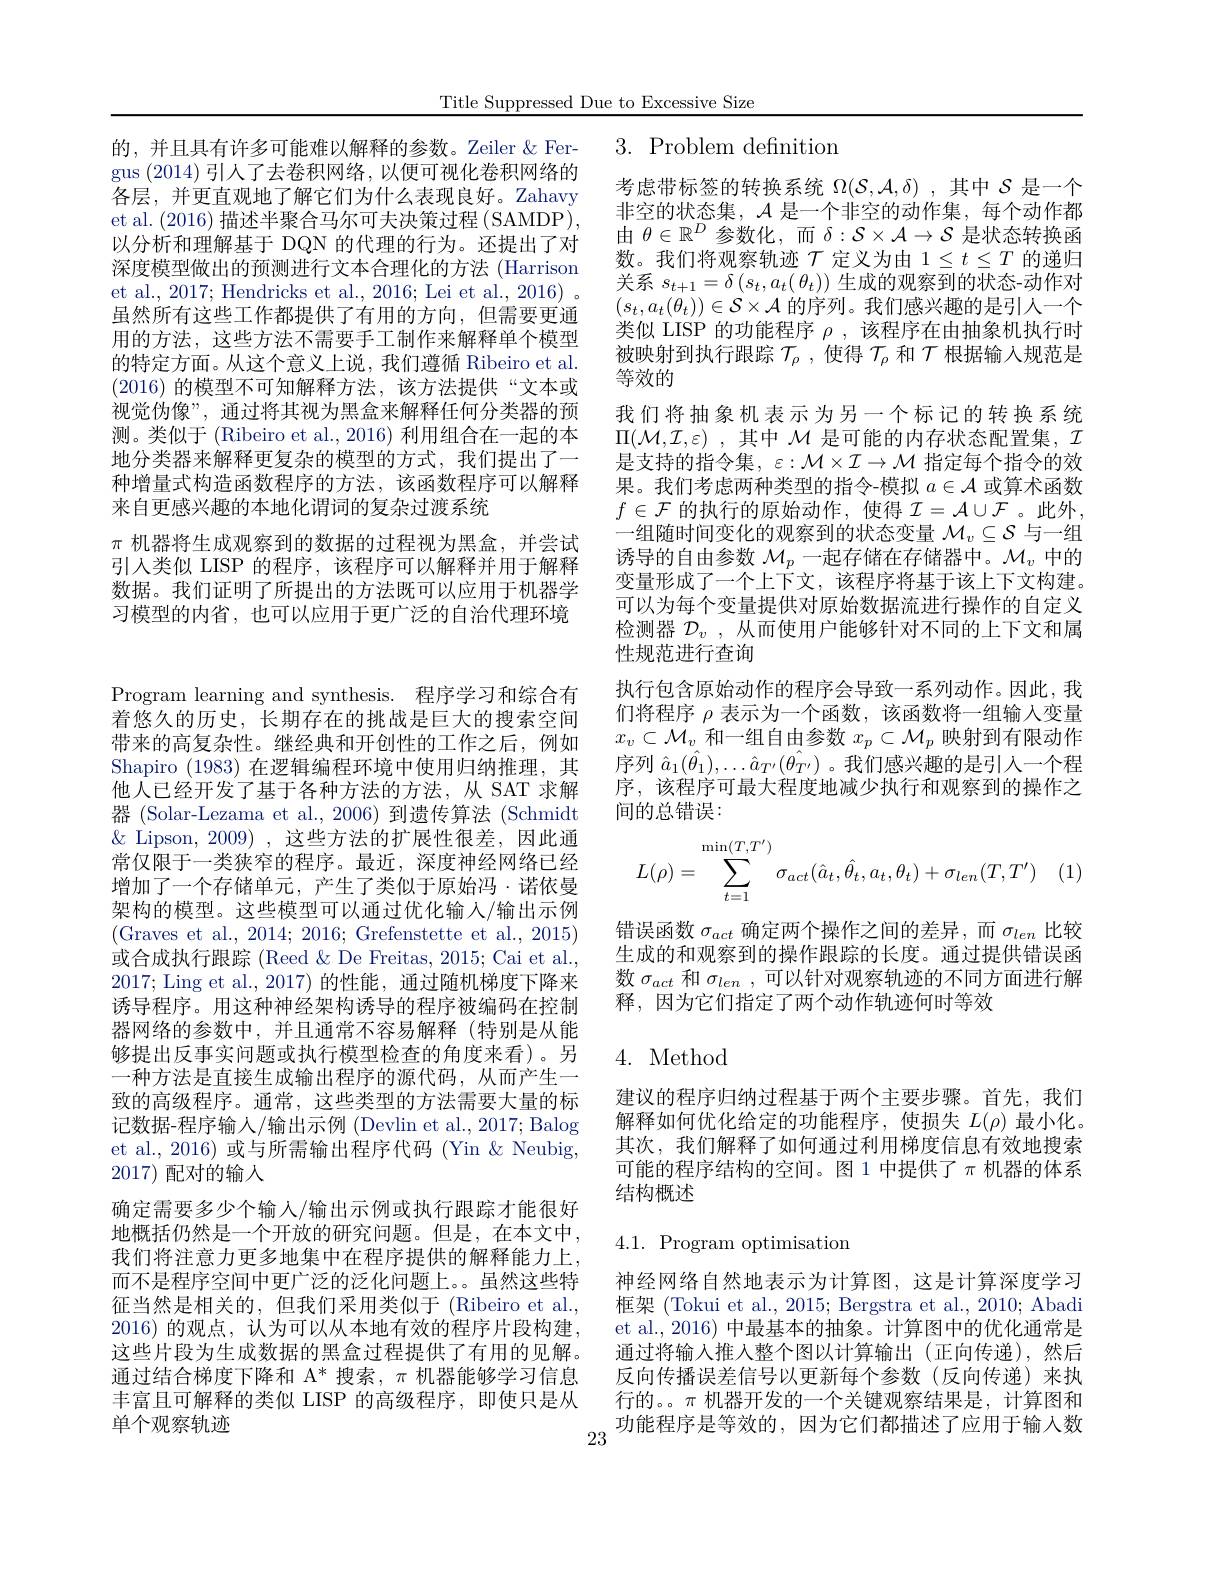
Title Suppressed Due to Excessive Size

# 3.Problem definition

的，并且具有许多可能难以解释的参数。Zeiler& Fergus (2014)引人了去卷积网络，以便可视化卷积网络的各层，并更直观地了解它们为什么表现良好。Zahavy et al. (2016)描述半聚合马尔可夫决策过程 (SAMDP), 以分析和理解基于 DQN 的代理的行为。还提出了对深度模型做出的预测进行文本合理化的方法 (Harrison et al., 2017; Hendricks et al., 2016; Lei et al., 2016) 。虽然所有这些工作都提供了有用的方向，但需要更通用的方法，这些方法不需要手工制作来解释单个模型的特定方面。从这个意义上说，我们遵循 Ribeiro et al. (2016)的模型不可知解释方法，该方法提供“文本或视觉伪像”, 通过将其视为黑盒来解释任何分类器的预测。类似于 (Ribeiro et al., 2016) 利用组合在一起的本地分类器来解释更复杂的模型的方式，我们提出了一种增量式构造函数程序的方法，该函数程序可以解释来自更感兴趣的本地化谓词的复杂过渡系统
$\pi$机器将生成观察到的数据的过程视为黑盒，并尝试引入类似 LISP 的程序，该程序可以解释并用于解释数据。我们证明了所提出的方法既可以应用于机器学习模型的内省，也可以应用于更广泛的自治代理环境

考虑带标签的转换系统$\Omega(\mathcal{S},\mathcal{A},\delta)$ ,其中$\mathcal{S}$是一个非空的状态集，$\mathcal{A}$是一个非空的动作集，每个动作都由$\theta\in\mathbb{R}^D$参数化，而$\delta:\mathcal{S}\times\mathcal{A}\to\mathcal{S}$是状态转换函数。我们将观察轨迹$\mathcal{T}$定义为由$1\leq t\leq T$的递归关系$s_{t+1}=\delta\left(s_{t},a_{t}(\theta_{t})\right)$生成的观察到的状态-动作对$(s_t,a_t(\theta_t))\in\mathcal{S}\times\mathcal{A}$的序列。我们感兴趣的是引人一个类似 LISP 的功能程序$\rho$,该程序在由抽象机执行时被映射到执行跟踪$\mathcal{T}_\rho$,使得$\mathcal{T}_\rho$和$\mathcal{T}$根据输入规范是等效的
我们将抽象机表示为另一个标记的转换系统$\Pi ( \mathcal{M} , \mathcal{I} , \varepsilon )$ , 其中 $\mathcal{M}$ 是可能的内存状态配是支持的指令集$,\varepsilon:\mathcal{M}\times\mathcal{I}\to\mathcal{M}$ 指定每个指令的效$\begin{array}{l}\text{果。我们考虑两种类型的指令-模拟 }a\in\mathcal{A}\text{ 或算术函数}\\f\in\mathcal{F}\text{ 的执行的原始动作，使得 }\mathcal{I}=\mathcal{A}\cup\mathcal{F}\text{。此外},\end{array}$ 一组随时间变化的观察到的状态变量$\mathcal{M}_v\subseteq\mathcal{S}$与一组诱导的自由参数$\mathcal{M}_p$一起存储在存储器中。$\mathcal{M}_v$中的变量形成了一个上下文，该程序将基于该上下文构建。可以为每个变量提供对原始数据流进行操作的自定义检测器$\mathcal{D}_v$,从而使用户能够针对不同的上下文和属性规范进行查询
执行包含原始动作的程序会导致一系列动作。因此，我们将程序$\rho$表示为一个函数，该函数将一组输入变量$x_v\subset\mathcal{M}_v$和一组自由参数$x_p\subset\mathcal{M}_p$映射到有限动作序列$\hat{a}_1(\hat{\theta}_1),\ldots\hat{a}_{T^{\prime}}(\hat{\theta}_{T^{\prime}})$ 。我们感兴趣的是引入一个程序，该程序可最大程度地减少执行和观察到的操作之间的总错误：
$$L(\rho)=\sum_{t=1}^{\min(T,T')}\sigma_{act}(\hat{a}_t,\hat{\theta}_t,a_t,\theta_t)+\sigma_{len}(T,T')$$
Program learning and synthesis. 程序学习和综合有着悠久的历史，长期存在的挑战是巨大的搜索空间带来的高复杂性。继经典和开创性的工作之后，例如Shapiro (1983)在逻辑编程环境中使用归纳推理，其他人已经开发了基于各种方法的方法，从 SAT 求解器 (Solar-Lezama et al.,2006)到遗传算法 (Schmidt $\&$ Lipson, 2009), 这些方法的扩展性很差，因此通常仅限于一类狭窄的程序。最近，深度神经网络已经增加了一个存储单元，产生了类似于原始冯·诺依曼架构的模型。这些模型可以通过优化输入/输出示例$$($Graves et al., 2014; 2016; Grefenstette et al., 2015)$ 或合成执行跟踪(Reed &De Freitas, 2015; Cai et al., 2017; Ling et al., 2017)的性能，通过随机梯度下降来诱导程序。用这种神经架构诱导的程序被编码在控制器网络的参数中，并且通常不容易解释(特别是从能够提出反事实问题或执行模型检查的角度来看)。另一种方法是直接生成输出程序的源代码，从而产生一致的高级程序。通常，这些类型的方法需要大量的标记数据-程序输人/输出示例 (Devlin et al., 2017; Balog et al., 2016) 或与所需输出程序代码 (Yin & Neubig, 2017)配对的输人
确定需要多少个输入/输出示例或执行跟踪才能很好地概括仍然是一个开放的研究问题。但是，在本文中， 我们将注意力更多地集中在程序提供的解释能力上， 而不是程序空间中更广泛的泛化问题上。虽然这些特征当然是相关的，但我们采用类似于(Ribeiro et al., 2016)的观点，认为可以从本地有效的程序片段构建这些片段为生成数据的黑盒过程提供了有用的见解。通过结合梯度下降和 A* 搜索，$\pi$机器能够学习信息丰富且可解释的类似 LISP 的高级程序，即使只是从单个观察轨迹

错误函数$\sigma_act$确定两个操作之间的差异，而$\sigma_len$比较生成的和观察到的操作跟踪的长度。通过提供错误函数$\sigma_{act}$和$\sigma_{len}$,可以针对观察轨迹的不同方面进行解释，因为它们指定了两个动作轨迹何时等效

4. Method

建议的程序归纳过程基于两个主要步骤。首先，我们解释如何优化给定的功能程序，使损失$L(\rho)$最小化。其次，我们解释了如何通过利用梯度信息有效地搜索可能的程序结构的空间。图 1 中提供了$\pi$机器的体系结构概述

4.1. Program optimisation

神经网络自然地表示为计算图，这是计算深度学习框架 (Tokui et al., 2015; Bergstra et al., 2010; Abadi et al., 2016) 中最基本的抽象。计算图中的优化通常是通过将输入推入整个图以计算输出(正向传递),然后反向传播误差信号以更新每个参数(反向传递)来执行的。。$\pi$机器开发的一个关键观察结果是，计算图和
$23^{\text{功能程序是等效的，因为它们都描述了应用于输入数}}$